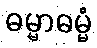
ဓမ္မာဓမ္မံ